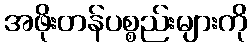
အဖိုးတန်ပစ္စည်းများကို